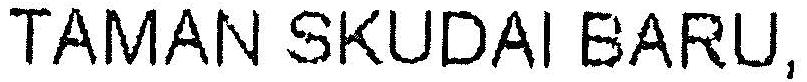
TAMAN SKUDAI BARU,